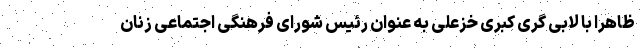
ظاهرا با لابی گری کبری خزعلی به عنوان رئیس شورای فرهنگی اجتماعی زنان